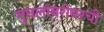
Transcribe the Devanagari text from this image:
मुघलांबरोबरची